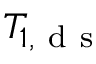
T _ { 1 , \mathrm { ~ d ~ s ~ } }